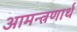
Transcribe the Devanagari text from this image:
आमन्त्रणार्थ